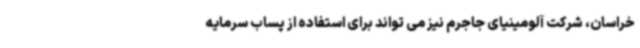
خراسان، شرکت آلومینیای جاجرم نیز می تواند برای استفاده از پساب سرمایه